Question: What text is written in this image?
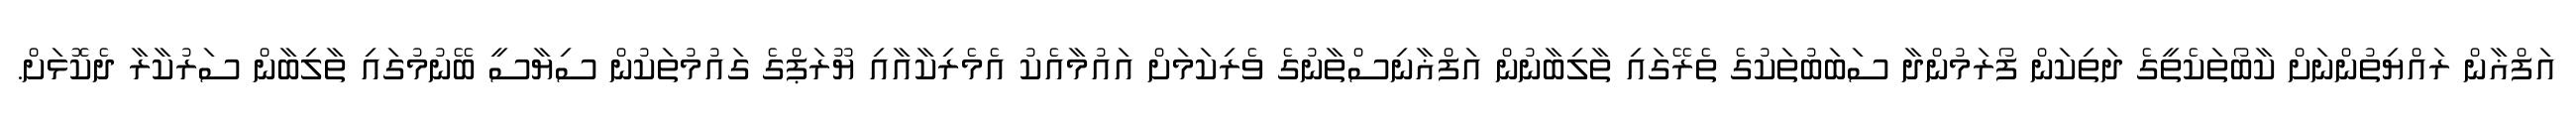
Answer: އަފްޣާން ރައްޔިތުންނަށް ކާބޯތަކެތީގެ ދަތިކަން ފޯރަމުންދާ ސަބަބުތަކުގެ ތެރޭގައި ތާލިބާނުން އަފްޣާނިސްތާނުގެ ވެރިކަމަށް އައުމާއެކު އެމެރިކާއާއި ޔޫރަޕްގެ ގައުމުތަކުން ސިޔާސީ ބޭނުމުގައި ތާލިބާން ސަރުކާރާ ދެކޮޅަށް.